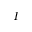
I